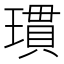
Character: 瑻